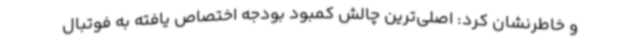
و خاطرنشان کرد: اصلی‌ترین چالش کمبود بودجه اختصاص یافته به فوتبال